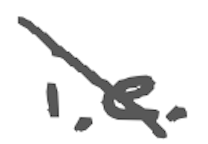
Text: i.e.
Cross-out: diagonal
Writing tool: digital_gray